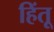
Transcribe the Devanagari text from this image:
हिंतू